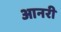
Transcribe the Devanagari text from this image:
आनरी